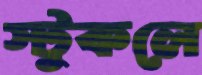
স্টুকলে